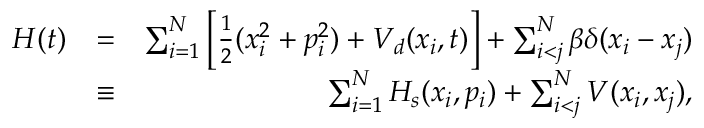
\begin{array} { r l r } { H ( t ) } & { = } & { \sum _ { i = 1 } ^ { N } \left[ \frac { 1 } { 2 } ( x _ { i } ^ { 2 } + p _ { i } ^ { 2 } ) + V _ { d } ( x _ { i } , t ) \right] + \sum _ { i < j } ^ { N } \beta \delta ( x _ { i } - x _ { j } ) } \\ & { \equiv } & { \sum _ { i = 1 } ^ { N } H _ { s } ( x _ { i } , p _ { i } ) + \sum _ { i < j } ^ { N } V ( x _ { i } , x _ { j } ) , } \end{array}